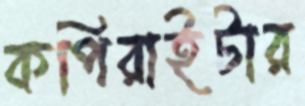
কপিরাইটার